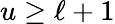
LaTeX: u\geq\ell+1